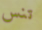
تنس